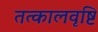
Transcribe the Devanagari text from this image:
तत्कालवृष्टि